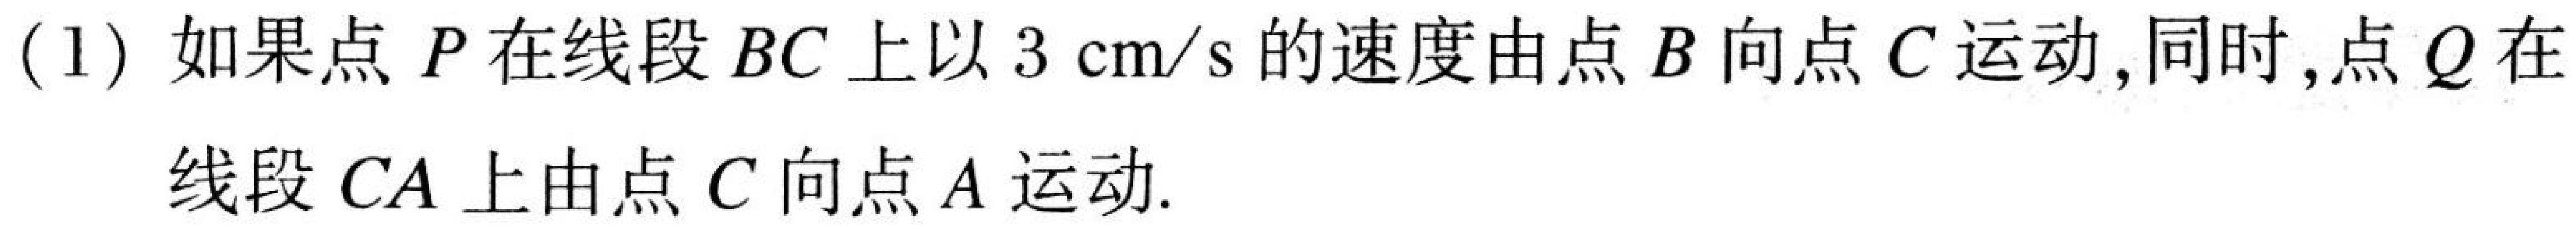
(1) 如果点 \(P\) 在线段 \(BC\) 上以 \(3\mathrm{cm/s}\) 的速度由点 \(B\) 向点 \(C\) 运动,同时,点 \(Q\) 在
线段 \(CA\) 上由点 \(C\) 向点 \(A\) 运动.